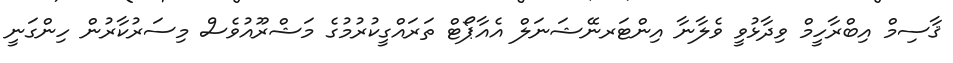
ޤާސިމް އިބްރާހީމް ވިދާޅުވީ ވެލާނާ އިންޓަރނޭޝަނަލް އެއާޕޯޓް ތަރައްގީކުރުމުގެ މަޝްރޫއުވެސް މިސަރުކާރުން ހިންގަނީ